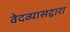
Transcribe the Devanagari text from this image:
वेदव्यासद्वारा